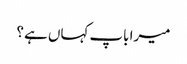
میرا باپ کہاں ہے ؟